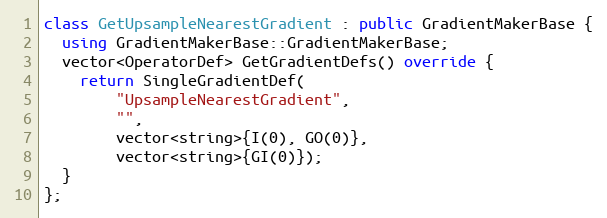
Language: C++
class GetUpsampleNearestGradient : public GradientMakerBase {
  using GradientMakerBase::GradientMakerBase;
  vector<OperatorDef> GetGradientDefs() override {
    return SingleGradientDef(
        "UpsampleNearestGradient",
        "",
        vector<string>{I(0), GO(0)},
        vector<string>{GI(0)});
  }
};